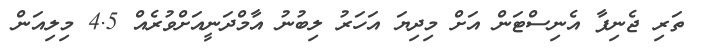
ތަރި ޖެނިފާ އެނިސްޓަން އަށް މިދިޔަ އަހަރު ލިބުނު އާމްދަނީއަށްވުރެއް 4.5 މިލިއަން